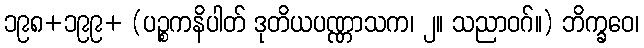
၁၉၈+၁၉၉+ (ပဉ္စကနိပါတ် ဒုတိယပဏ္ဏာသက၊ ၂။ သညာဝဂ်။) ဘိက္ခဝေ၊